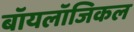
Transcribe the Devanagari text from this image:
बॉयलॉजिकल